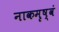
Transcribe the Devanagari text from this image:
नाकमृष्वं